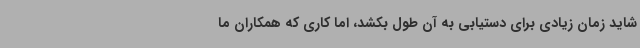
شاید زمان زیادی برای دستیابی به آن طول بکشد، اما کاری که همکاران ما